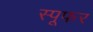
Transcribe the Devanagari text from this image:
स्पूफर